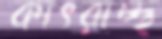
কাৎরাচ্ছ